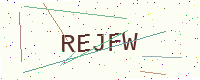
Text: REJFW